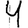
Digit: 4